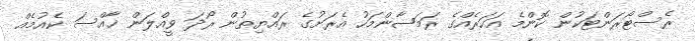
ރެސްޓޯރަންޓަކުން ކޮންމެ އަހަރެއްގެ ރަމަޟާންމަހު އެރަށުގެ ރައްޔިތުން ރޯދަ ވީއްލަން ޚާއްސަ ކެއުމެއް